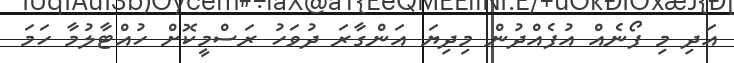
އަދި މި ފޯނެއް އުފެއްދުން މިދިޔަ އަންގާރަ ދުވަހު ރަސްމީކޮށް ހުއްޓާލުމާ ހަމަ